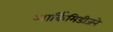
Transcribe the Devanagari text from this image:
आर्किमिडीजने